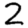
Digit: 2